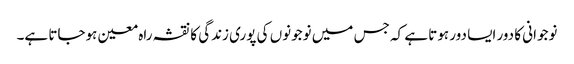
نوجوانی کا دور ایسا دور ہوتا ہے کہ جس میں نوجونوں کی پوری زندگی کا نقشہ راہ معین ہوجاتا ہے۔